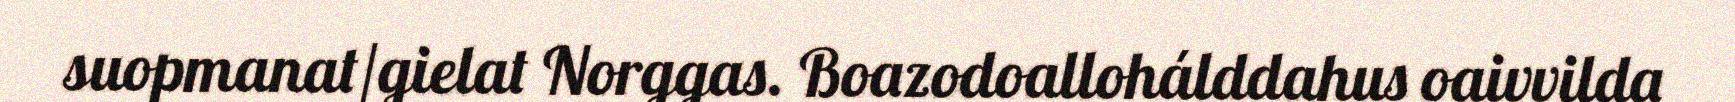
suopmanat/gielat Norggas. Boazodoallohálddahus oaivvilda